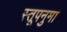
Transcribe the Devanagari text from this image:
स्तूपनुमा